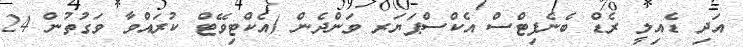
އަދި ޑެއިލީ ރެޑް ބެނެފިޓްސް އެކްސްޕަޔަރ ވަންދެން (އެކްޓިވޭޓް ކުރައްވާ ވަގުތުން 24